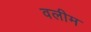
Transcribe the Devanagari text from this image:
वलीम